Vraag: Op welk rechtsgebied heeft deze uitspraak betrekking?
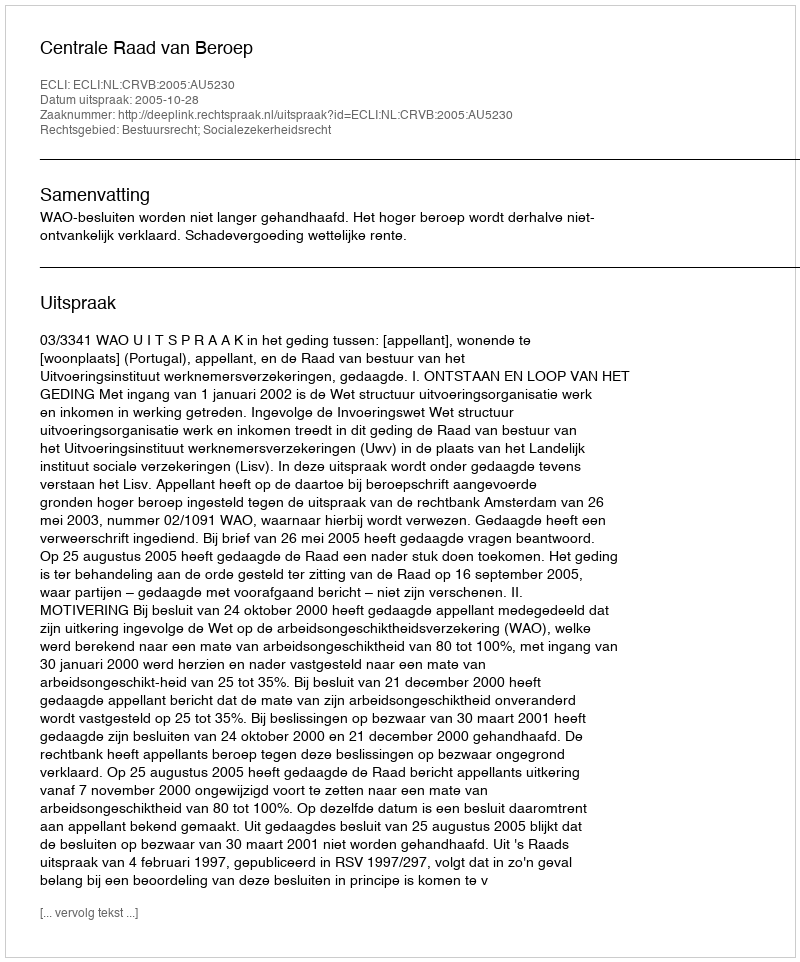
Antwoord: Bestuursrecht; Socialezekerheidsrecht